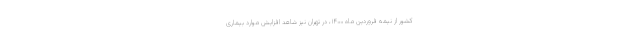
کشور از نیمه فروردین ماه ۱۴۰۰، در تهران نیز شاهد افزایش موارد بیماری